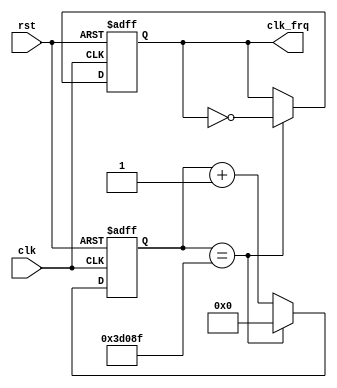
`timescale 1ns / 1ps
//
module gen_clk( clk, rst, clk_frq );
    parameter M100hz = 100_000_000; //100,000,000
    parameter output_freq = 200; //100hz fnd    200hz   TOP_Module 100hz 2
    parameter clk_hilow_cnt_value = ((M100hz / output_freq)/2)-1;
    input clk;
    input rst;
    output clk_frq;
    reg clk_frq;
    reg [31:0] clk_cnt;
    
    always @(posedge clk or posedge rst) begin
        if(rst)begin
            clk_cnt <= 32'h0000_0000;
            clk_frq <= 0;
        end
        else begin
            if(clk_cnt == clk_hilow_cnt_value)begin
                clk_cnt <= 32'h0000_0000;
                clk_frq <= ~clk_frq;
            end
            else begin
                clk_cnt[31:0] <= clk_cnt[31:0]+1;
            end
        end
    end
endmodule